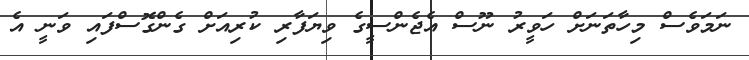
ނަމަވެސް މިހާތަނަށް ހަވީރު ނޫސް އެޖެންސީގެ ވިޔަފާރި ކުރިއަށް ގެންގޮސްފައި ވަނީ އެ